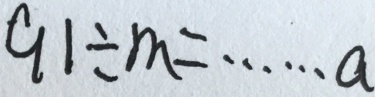
9 1 \div m = \cdots a